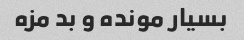
بسیار مونده و بد مزه